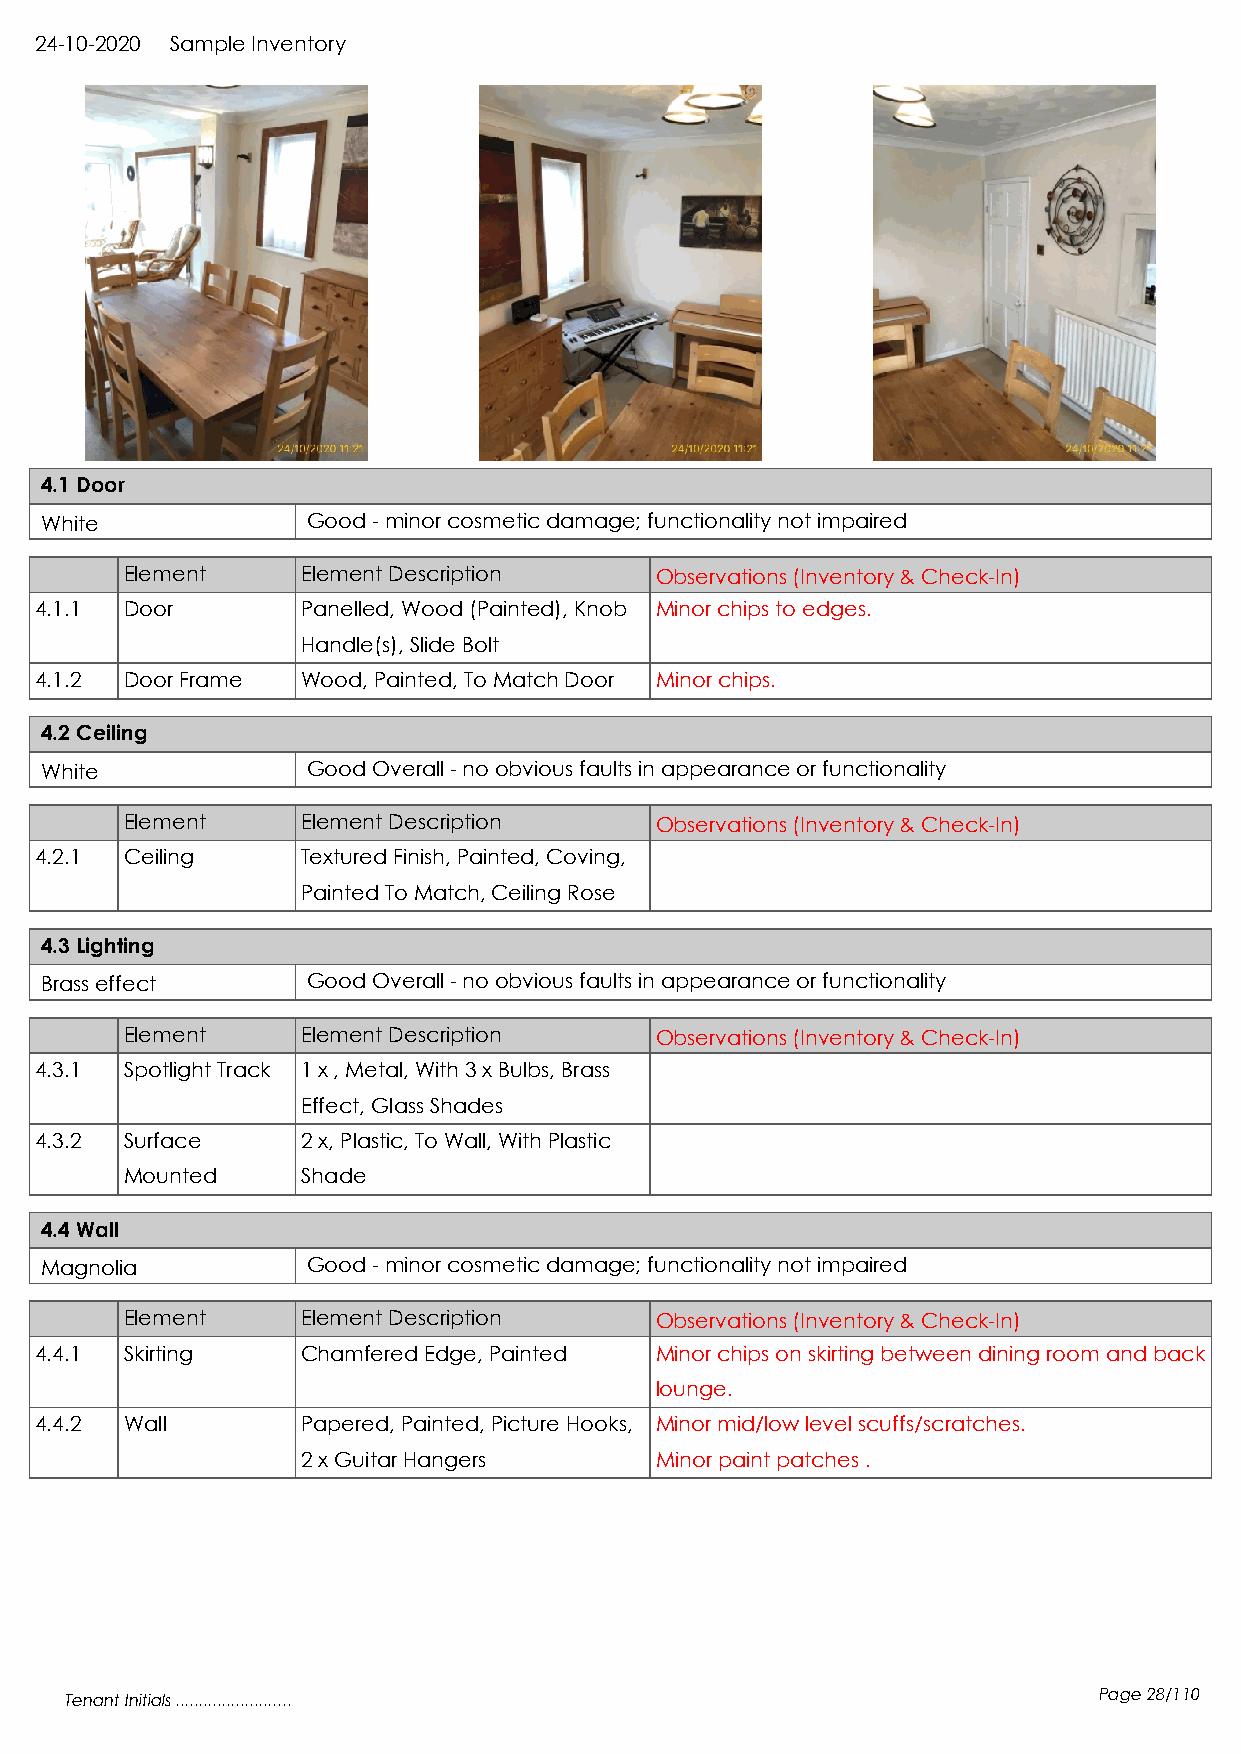
24-10-2020 Sample Inventory
 4.1 Door
 White            Good - minor cosmetic damage; functionality not impaired
 Element     Element Description    Observations (Inventory & Check-In)
 4.1.1 Door        Panelled, Wood (Painted), Knob Minor chips to edges.
 Handle(s), Slide Bolt
 4.1.2 Door Frame  Wood, Painted, To Match Door Minor chips.
 4.2 Ceiling
 White            Good Overall - no obvious faults in appearance or functionality
 Element     Element Description    Observations (Inventory & Check-In)
 4.2.1 Ceiling     Textured Finish, Painted, Coving,
 Painted To Match, Ceiling Rose
 4.3 Lighting
 Brass effect     Good Overall - no obvious faults in appearance or functionality
 Element     Element Description    Observations (Inventory & Check-In)
 4.3.1 Spotlight Track 1 x , Metal, With 3 x Bulbs, Brass
 Effect, Glass Shades
 4.3.2 Surface     2 x, Plastic, To Wall, With Plastic
 Mounted     Shade
 4.4 Wall
 Magnolia         Good - minor cosmetic damage; functionality not impaired
 Element     Element Description    Observations (Inventory & Check-In)
 4.4.1 Skirting    Chamfered Edge, Painted Minor chips on skirting between dining room and back
 lounge.
 4.4.2 Wall        Papered, Painted, Picture Hooks, Minor mid/low level scuffs/scratches.
 2 x Guitar Hangers     Minor paint patches .
 Tenant Initials .........................                            Page 28/110